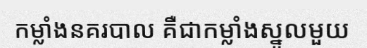
កម្លាំងនគរបាល គឺជាកម្លាំងស្នូលមួយ